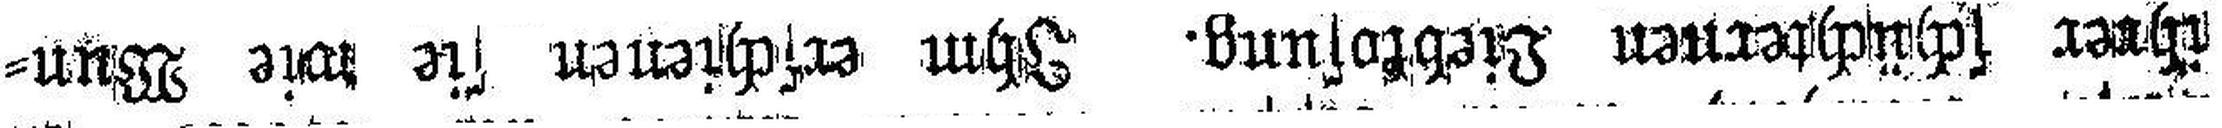
ihrer schüchternen Liebkosung. Ihm erschienen sie wie Wun¬